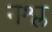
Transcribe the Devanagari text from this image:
नश्ल